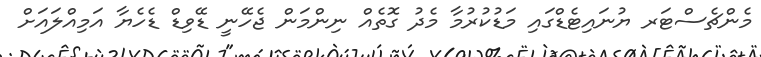
މެންޗެސްޓަރ ޔުނައިޓެޑްގައި މަޑުކުރުމާ މެދު ގޮތެއް ނިންމަން ޖެހޭނީ ޑޭވިޑް ޑެހެޔާ އަމިއްލައަށް